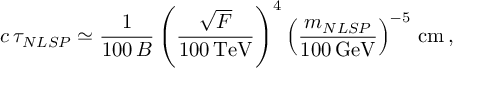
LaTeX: c \, \tau _ { N L S P } \simeq \frac { 1 } { 1 0 0 \, \cal { B } } \left( \frac { \sqrt { F } } { 1 0 0 \, \mathrm { T e V } } \right) ^ { 4 } \left( \frac { m _ { N L S P } } { 1 0 0 \, \mathrm { G e V } } \right) ^ { - 5 } \, \mathrm { c m } \, ,